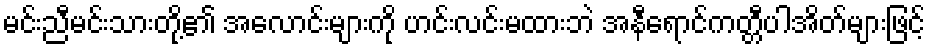
မင်းညီမင်းသားတို့၏ အလောင်းများကို ဟင်းလင်းမထားဘဲ အနီရောင်ကတ္တီပါအိတ်များဖြင့်